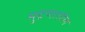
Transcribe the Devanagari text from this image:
मुद्रणातील